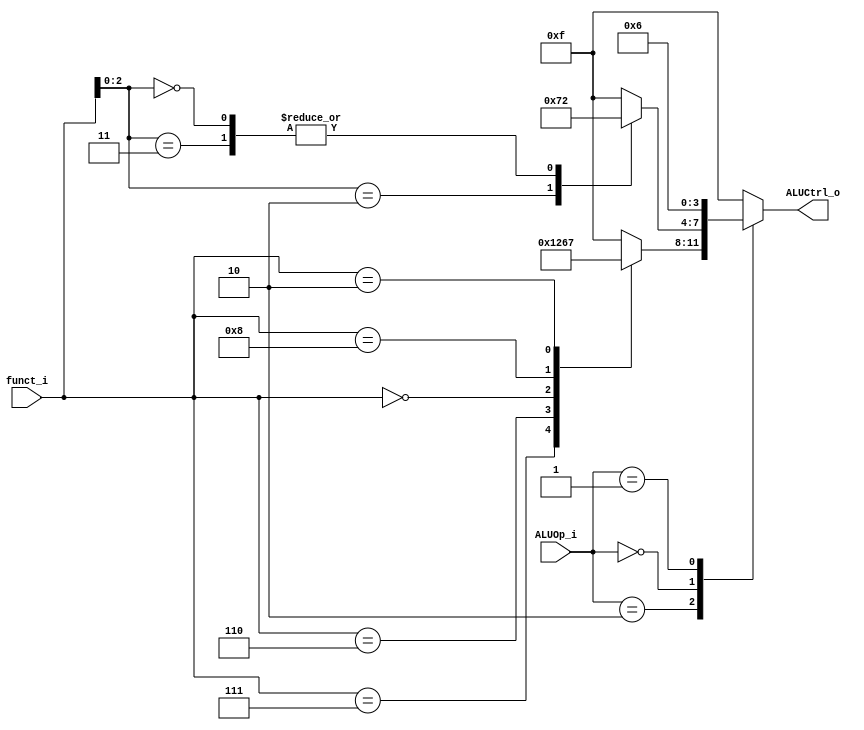
module ALU_Ctrl(
          funct_i,
          ALUOp_i,
          ALUCtrl_o
          );
          
//I/O ports 
input      [4-1:0] funct_i;
input      [2-1:0] ALUOp_i;

output     [4-1:0] ALUCtrl_o;    
     
//Internal Signals
reg        [4-1:0] ALUCtrl_o;

//Parameter


//Select exact operation, please finish the following code
always@(funct_i or ALUOp_i) begin
    case(ALUOp_i)
        2'b10: 
            begin
                case(funct_i)
                    4'b0111: ALUCtrl_o = 4'b0000; // AND
                    4'b0110: ALUCtrl_o = 4'b0001; // OR
                    4'b0000: ALUCtrl_o = 4'b0010; // ADD
                    4'b1000: ALUCtrl_o = 4'b0110; // SUB
                    4'b0010: ALUCtrl_o = 4'b0111; // SLT
                    default: ALUCtrl_o = 4'b1111;
                endcase
            end  
        2'b00:
            begin
                case(funct_i[2:0])
                    3'b011: ALUCtrl_o = 4'b0010; // ld/sd ADD
                    3'b010: ALUCtrl_o = 4'b0111; // SLTI
                    3'b000: ALUCtrl_o = 4'b0010; // ADDI
                    default: ALUCtrl_o = 4'b1111;
                endcase
            end 
        2'b01: ALUCtrl_o = 4'b0110; // beq SUB
		default: ALUCtrl_o = 4'b1111;
    endcase
end
endmodule